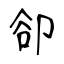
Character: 卻